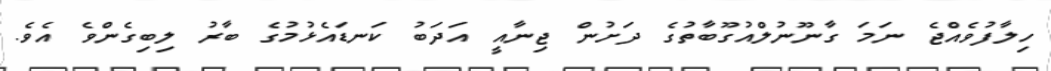
ހިލާފުވެއްޖެ ނަމަ ގާނޫނުލްއުގޫބާތުގެ ދަށުން ޖިނާއީ އަދަބު ކަނޑައެޅުމުގެ ބާރު ލިބިގެންވެ އެވެ.